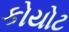
કોયોટ